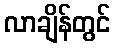
လာချိန်တွင်